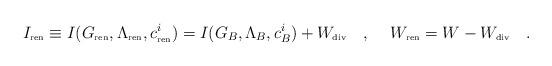
LaTeX: \begin{align*}I_{\tiny\mbox{ren}}\equiv I(G_{\tiny\mbox{ren}},\Lambda_{\tiny\mbox{ren}},c^i_{\tiny\mbox{ren}})=I(G_B,\Lambda_B,c^i_B)+W_{\tiny\mbox{div}}~~~,\hspace{0.5cm}W_{\tiny\mbox{ren}}=W-W_{\tiny\mbox{div}}~~~.\end{align*}